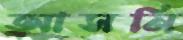
আসনি